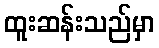
ထူးဆန်းသည်မှာ